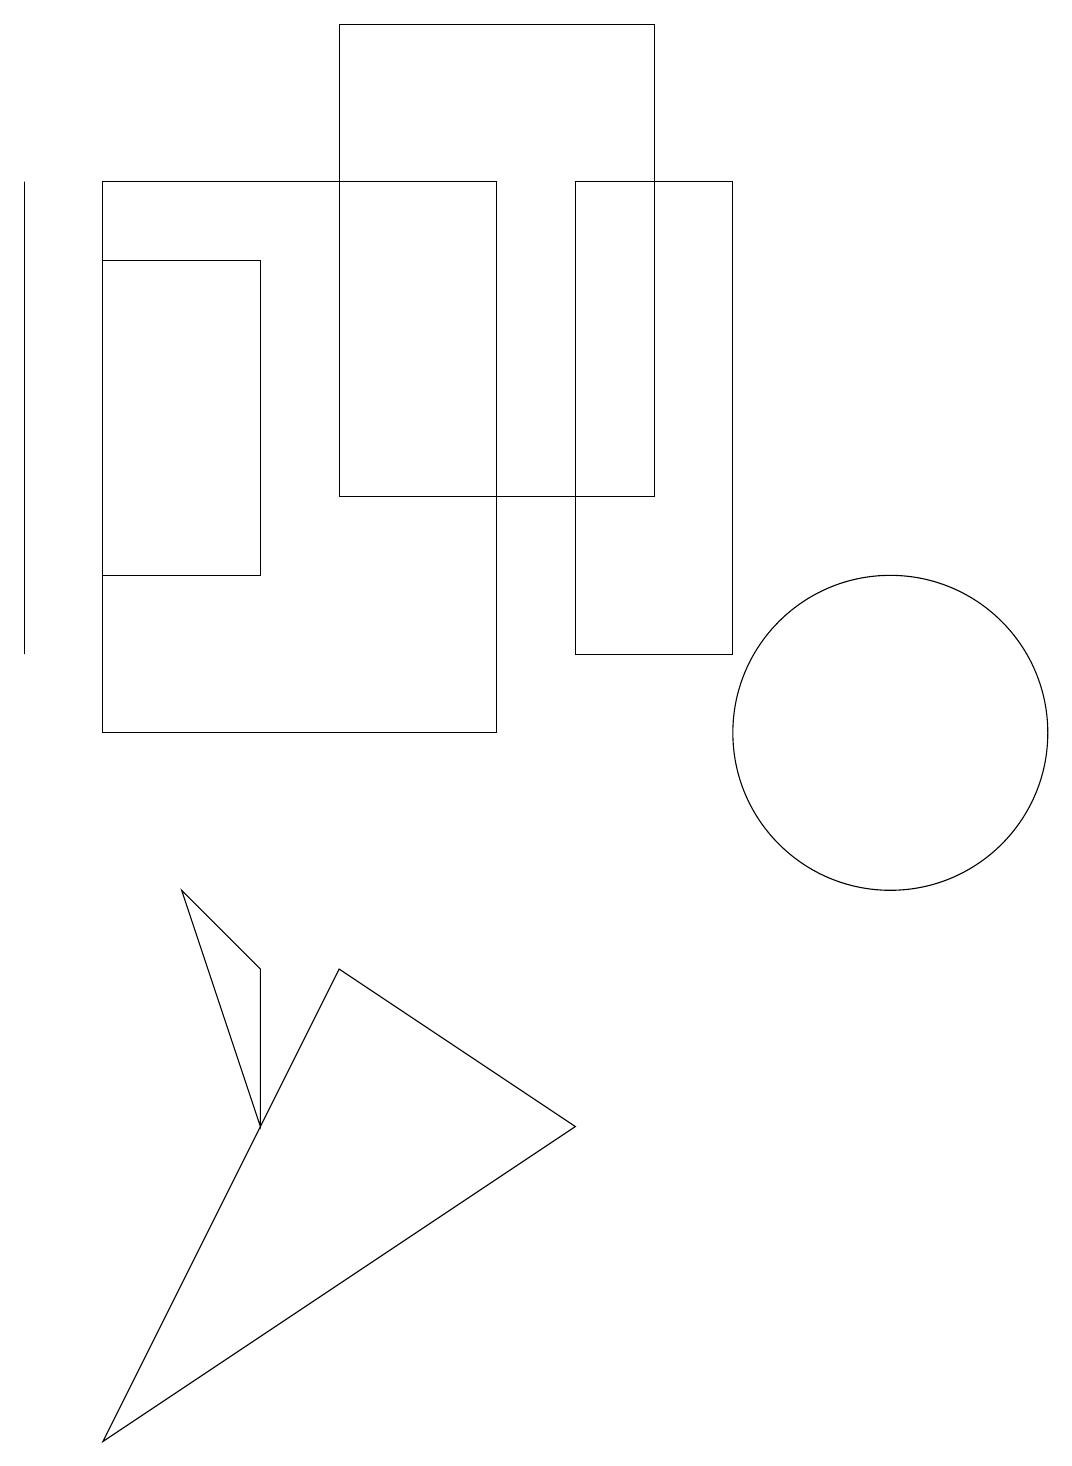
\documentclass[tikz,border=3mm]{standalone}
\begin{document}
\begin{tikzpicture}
\draw (0,11) rectangle (0,17);
\draw (9,11) rectangle (7,17);
\draw (7,5) -- (4,7) -- (1,1) -- cycle;
\draw (11,10) circle (2);
\draw (8,13) rectangle (4,19);
\draw (1,17) rectangle (6,10);
\draw (3,7) -- (3,5) -- (2,8) -- cycle;
\draw (1,12) rectangle (3,16);
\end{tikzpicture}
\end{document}